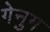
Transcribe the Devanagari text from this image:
गेनुग